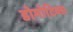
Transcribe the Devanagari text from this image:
डोमोटिक्स